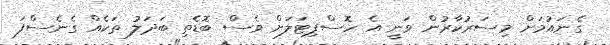
ގެނައުމަށް މިސަރުކާރުން ވަނީ އެ ހޮސްޕިޓަލަށް ވެސް ބޮޑެތި ބަދަލު ތަކެއް ގެނެސްފަ